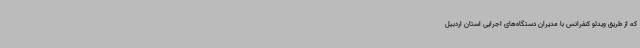
که از طریق ویدئو کنفرانس با مدیران دستگاه‌های اجرایی استان اردبیل